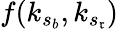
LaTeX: f(k_{s_{b}},k_{s_{\mathfrak{r}}})